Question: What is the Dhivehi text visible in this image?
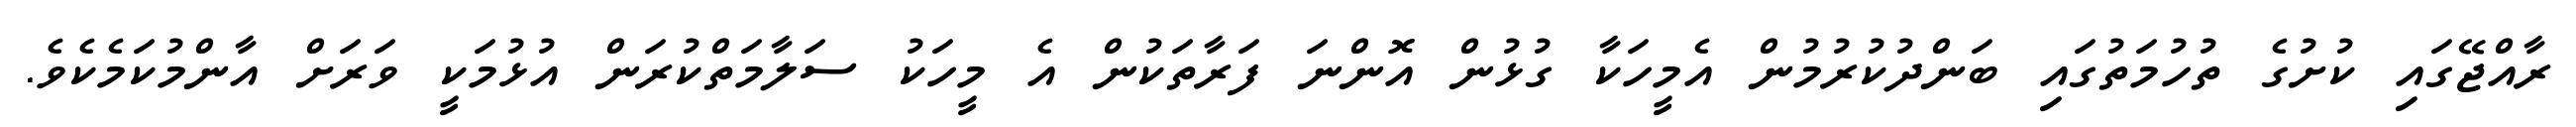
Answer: ރާއްޖޭގައި ކުށުގެ ތުހުމަތުގައި ބަންދުކުރުމުން އެމީހަކާ ގުޅުން އޮންނަ ފަރާތަކުން އެ މީހަކު ސަލާމަތްކުރަން އުޅުމަކީ ވަރަށް އާންމުކަމެކެވެ.